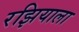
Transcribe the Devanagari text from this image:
रझियाला